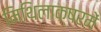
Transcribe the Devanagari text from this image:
मिथिलाक्षरमें